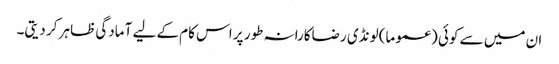
ان میں سے کوئی (عموما) لونڈی رضاکارانہ طور پر اس کام کے لیے آمادگی ظاہر کر دیتی۔